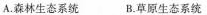
A.森林生态系统 B.草原生态系统